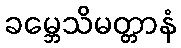
ခမ္ဘေသိမတ္တာနံ